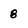
Character: 8